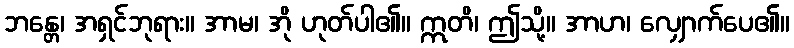
ဘန္တေ၊ အရှင်ဘုရား။ အာမ၊ အို ဟုတ်ပါ၏။ ဣတိ၊ ဤသို့။ အာဟ၊ လျှောက်ပေ၏။